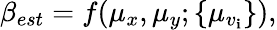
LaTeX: \beta_{est}=f(\mu_{x},\mu_{y};\{ \mu_{v_{\mathbf{i}}}\} ),